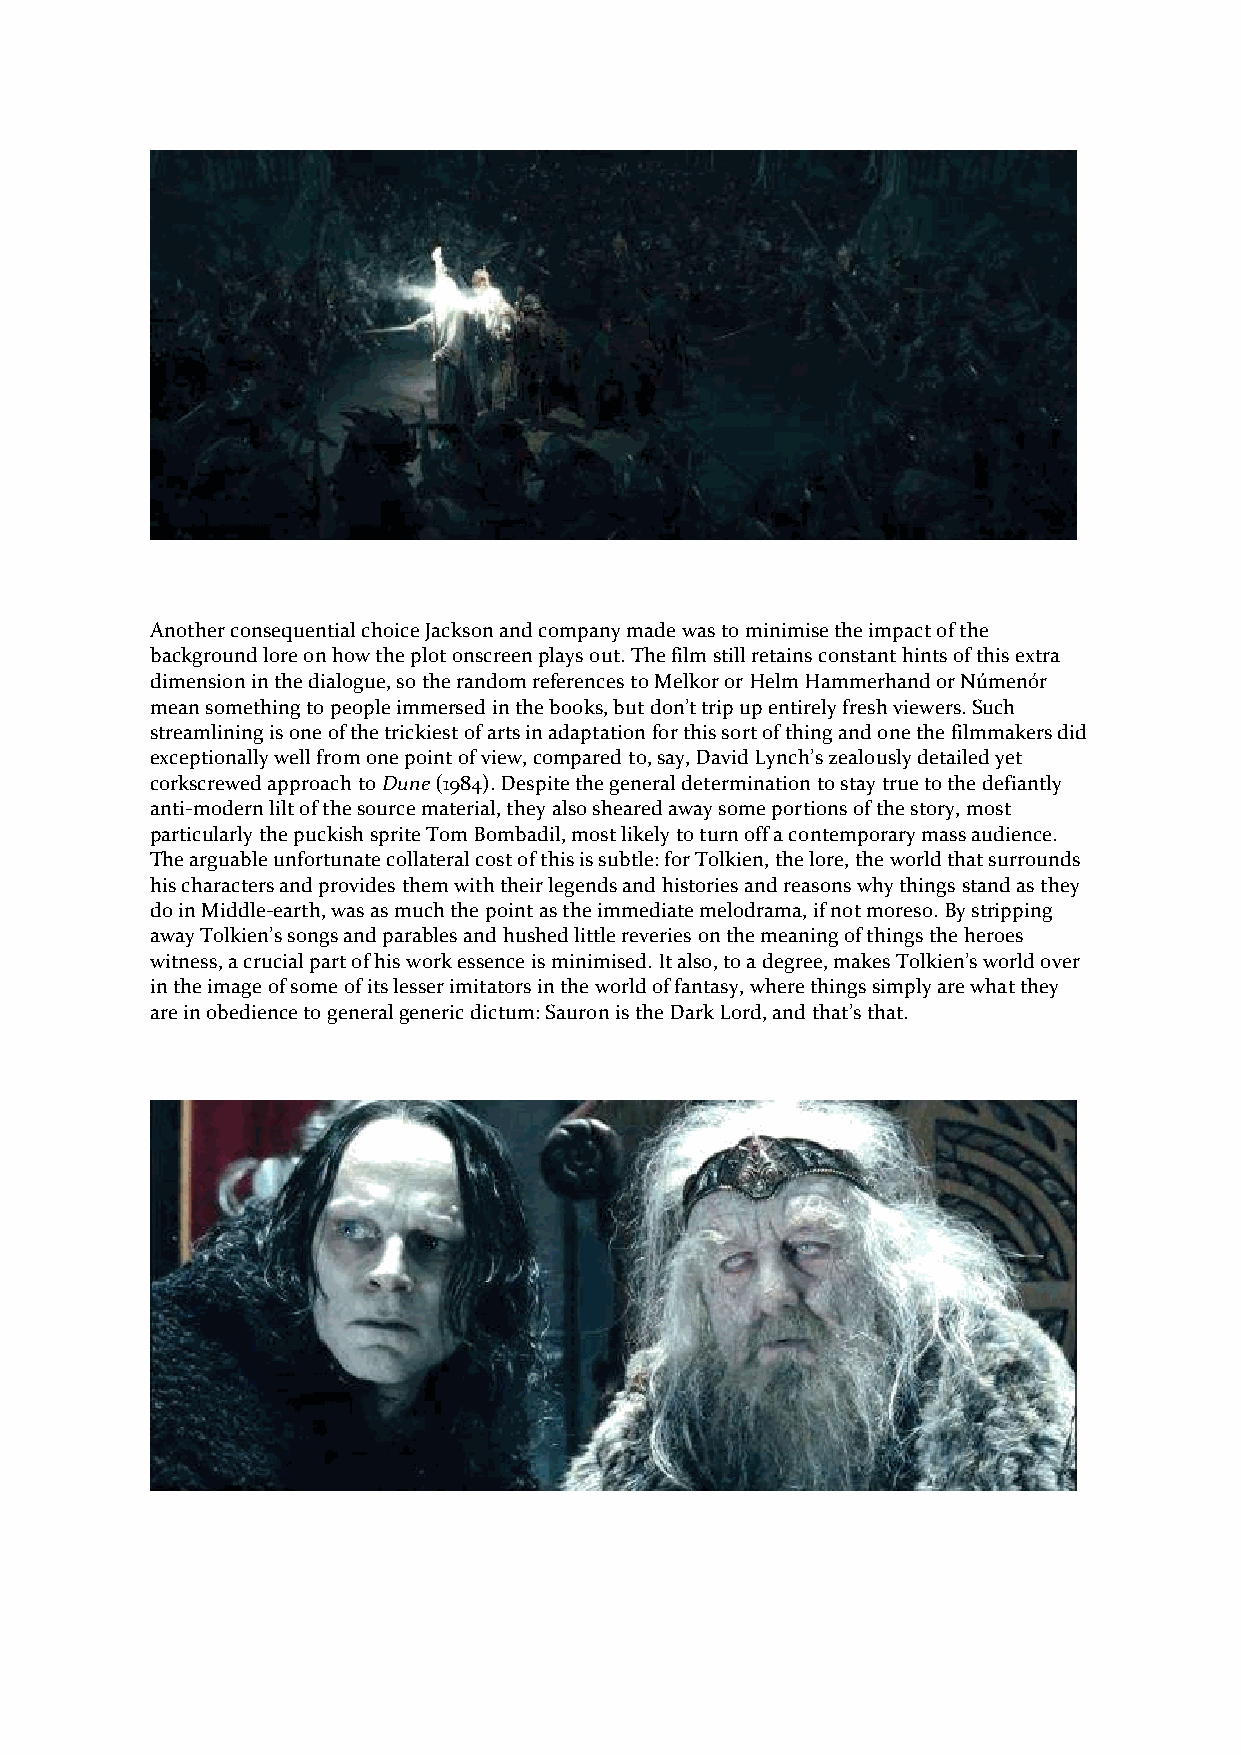
Another consequential choice Jackson and company made was to minimise the impact of the
 background lore on how the plot onscreen plays out. The film still retains constant hints of this extra
 dimension in the dialogue, so the random references to Melkor or Helm Hammerhand or Númenór
 mean something to people immersed in the books, but don’t trip up entirely fresh viewers. Such
 streamlining is one of the trickiest of arts in adaptation for this sort of thing and one the filmmakers did
 exceptionally well from one point of view, compared to, say, David Lynch’s zealously detailed yet
 corkscrewed approach to Dune (1984). Despite the general determination to stay true to the defiantly
 anti-modern lilt of the source material, they also sheared away some portions of the story, most
 particularly the puckish sprite Tom Bombadil, most likely to turn off a contemporary mass audience.
 The arguable unfortunate collateral cost of this is subtle: for Tolkien, the lore, the world that surrounds
 his characters and provides them with their legends and histories and reasons why things stand as they
 do in Middle-earth, was as much the point as the immediate melodrama, if not moreso. By stripping
 away Tolkien’s songs and parables and hushed little reveries on the meaning of things the heroes
 witness, a crucial part of his work essence is minimised. It also, to a degree, makes Tolkien’s world over
 in the image of some of its lesser imitators in the world of fantasy, where things simply are what they
 are in obedience to general generic dictum: Sauron is the Dark Lord, and that’s that.